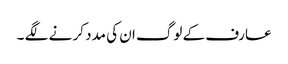
عارف کے لوگ ان کی مدد کر نے لگے ۔